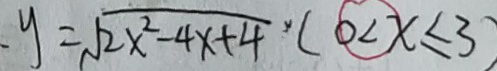
、 y = \sqrt { 2 x ^ { 2 } - 4 x + 4 } \times ( 0 < x \leq 3 )